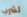
لشرب